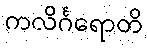
ကလိင်္ဂရောတိ